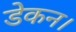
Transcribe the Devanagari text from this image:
डेकन।